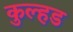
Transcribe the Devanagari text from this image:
कुल्हड